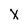
Character: x